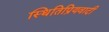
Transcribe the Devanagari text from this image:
स्थितिप्रियवादी